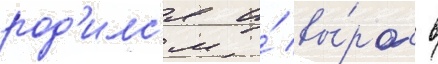
род'илс'я и́ вы́рос в